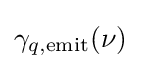
\gamma _{q,{\rm {emit}}}(\nu )